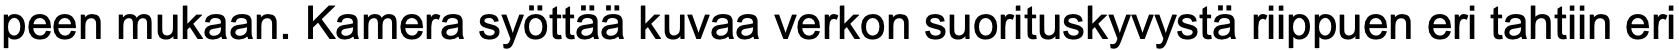
peen mukaan. Kamera syöttää kuvaa verkon suorituskyvystä riippuen eri tahtiin eri